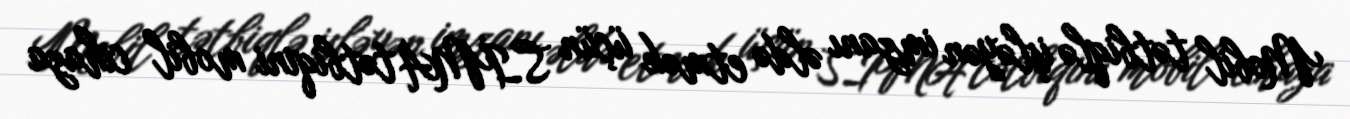
Mobil tətbiqlə işləyən imzanı əldə etmək üçün SİMA tətbiqini mobil cihaza